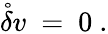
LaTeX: \mathring{\delta}v\ =\ 0~.